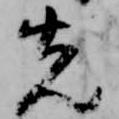
先